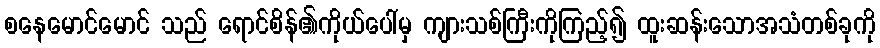
စနေမောင်မောင် သည် ရောင်စိန်၏ကိုယ်ပေါ်မှ ကျားသစ်ကြီးကိုကြည့်၍ ထူးဆန်းသောအသံတစ်ခုကို